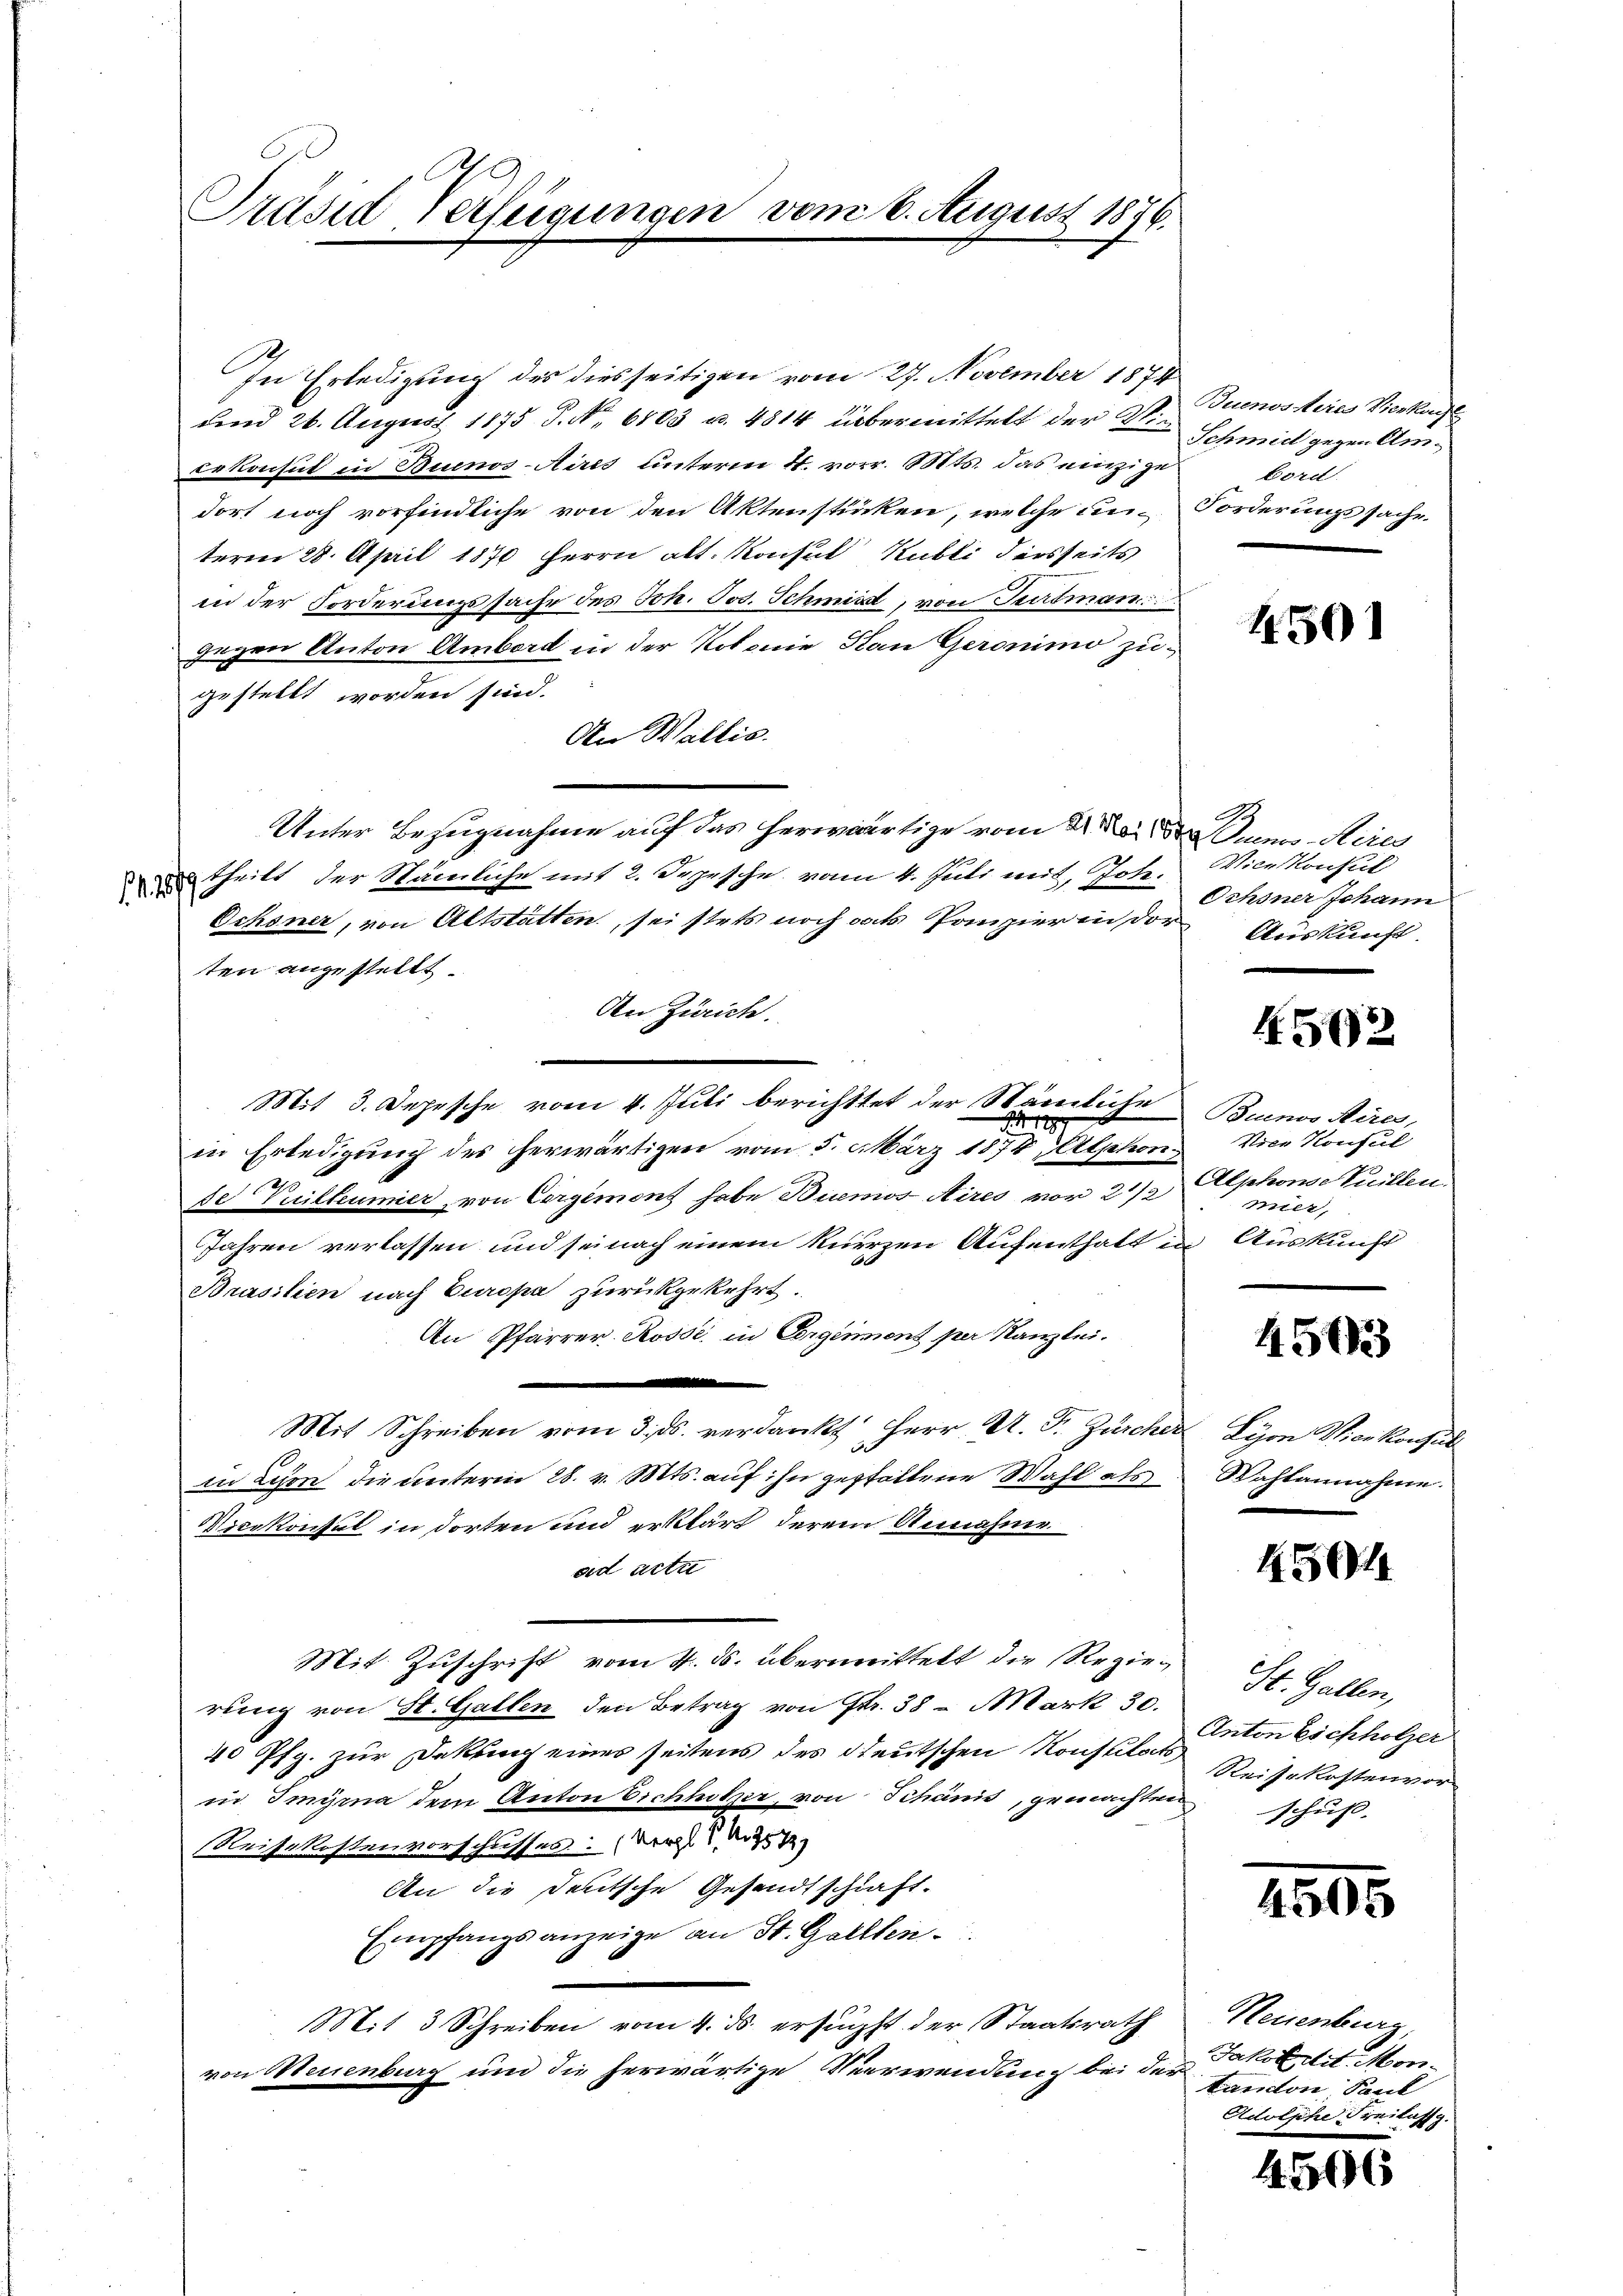
In Erledigung des diesseitigen vom 27. November 1874
und 26. August 1875 S. Nr. 6103 u. 4814 übermittelt der Didekonsul in Buenos-Aires unterm 4. vor. Mts. das einzige
dort noch vorfindliche von den Aktenstirken, welche unterm 28. April 1876 Herrn alt. Konsul Kubli derseits
in der Forderungssache des Joh. Jos. Schmid, von Sertman
gegen Anton Ambord in der Kolonie Kan Geronimo zugestellt worden sind.
An Wallis.
Unter Bezugnahme auf das herwärtige vom Buenos-Aires
 theilt der Städerliche mit 2. Depesche vom 4. Juli mit, Joh.
Ochsner, von Altstatten, sei stets noch das Papier in der Auskunft.
ten angestellt.
An Zürich.
Mit 3. Depesche vom 4. Juli berichttet der Nämliche
129.
in Erledigung des herwärtigen vom 5. März 1874, Alphon¬
Th
De Vuilleumier von Ergemont habe Buenos Aires vor 2 1/2
Jahren verlassen und seinach einem kurzen Aufenthalt in Auskunft
Brasilien nach Europa zurückgekehrt.
An Pfarrer Rosse in Corginnent per Kanzlei.
e
Mit Schreiben vom 3. ds. verdankt Herr A. F. Zürcher
in Lehen die unterm 28. v. Mts. auf ihn gestattene Wahl als
Vicekonsul in dorten und erklärt derem Annahme
ad acta
Mit Zuschrift vom 4. ds. übermittelt die Regierung von St. Gallen den Betrag von Fr. 38 - Mark 30.
40 Pfg. zur Dekling eines seitens des Deutschen Konstitats
in Imyrna dem Anton Eichholzer, von Schanis, gemachten
Reisekostenvorschusses: (Der der
An die deutsche Gesandtschaft-
Empfangsanzeige an St. Gallen.
Mit 3 Schreiben vom 4. ds. ersuchst der Staatsrath
von Neuenburg und die herwärtige Verwendung bei der

Präsid Verfügungen vom 6. August 1876.

Buenosseres Vierkan
Schmidt gegen Am¬
Bord.
Forderungssache.

4501

29.
Vicekonsul
Ochsner Johann

4502

Buenos Aires,
Vice Konsul
Alphonde Tuillen.
mier,

4503

Lyon Vier konsul
Wahlannahme.

4504

St. Gallen,
Anton Eschholzer
Reisekostenvor
schuß. |

4595

Reuenburg,
Jakobetit. Mortandon Paul
Adolphe Freilassp.

4506